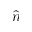
\hat { n }